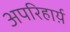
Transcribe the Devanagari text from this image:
अपरिहार्य़